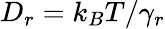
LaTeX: D_{r}=k_{B}T/\gamma_{r}